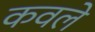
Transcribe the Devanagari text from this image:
कवले